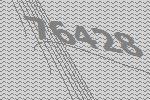
76428